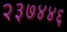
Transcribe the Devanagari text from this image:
२३७४४६